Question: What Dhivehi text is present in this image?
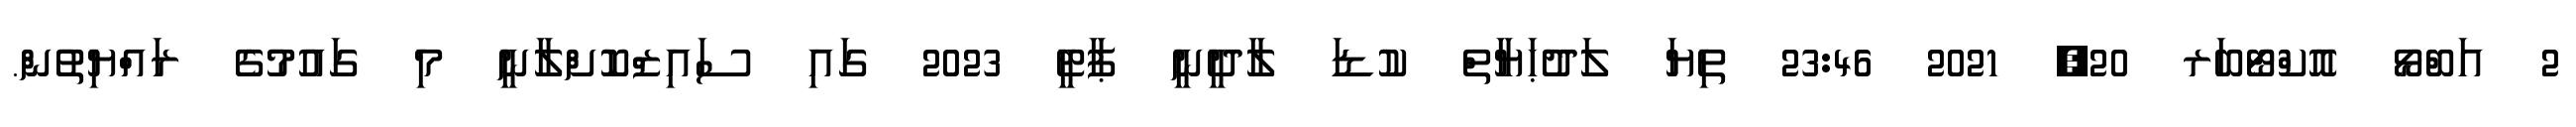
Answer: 2 އަބްޅޯ އޮކްޓޯބަރ 20, 2021 23:46 ތިޔަ ލަދުޙަޔާތް ކުޑަ ލާދީނީ ޕާޓީ 2023 ގައި ސައިޒްކޮށްލާނީ މި ގައުމުގެ ރައްޔިތުން.